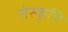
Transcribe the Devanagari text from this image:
संस्‍कृति